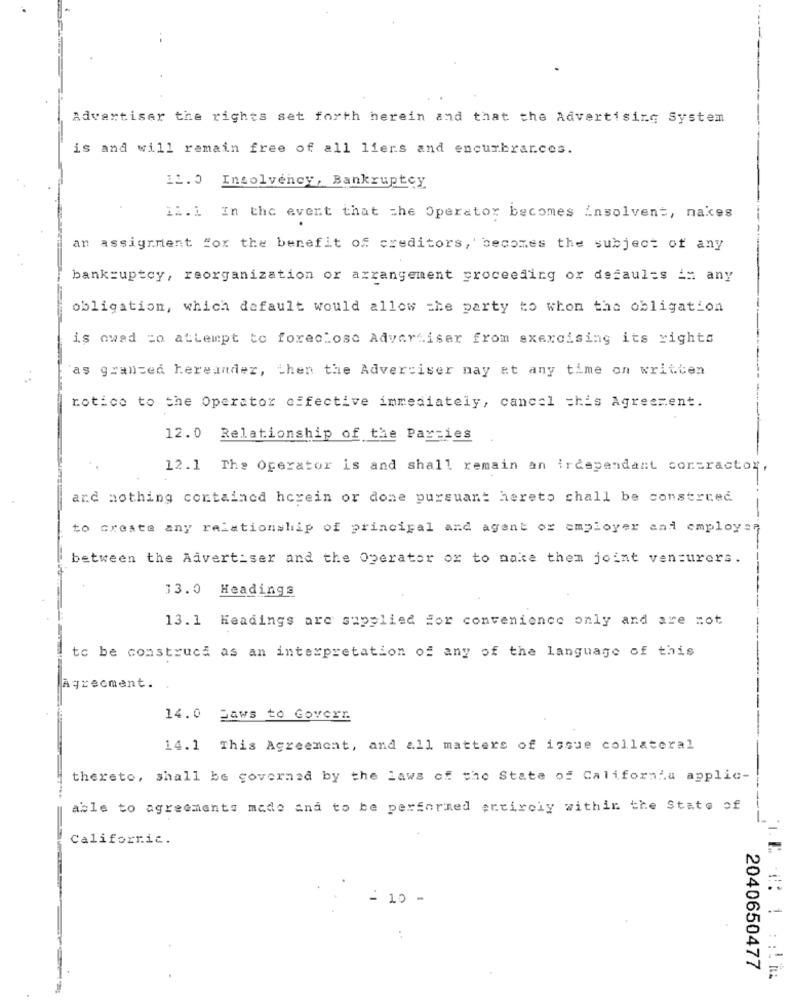
Advertiser the rights set forth herein and that the Advertising System
is and will remain free of all liers and encurbrances.
12.0 Insolvency, Bankruptcy
12.1 In the event that the Operator becomes insolvent, nakes
an assignment for the benefit of creditors, becomes the subject of any
bankruptcy, reorganization or arrangement proceeding or defaules in any
obligation, which default would allow the party to whon the obligation
is owed =o attempt to foreclose Advertiser from exercising its rights
as granted hereandez, then the Advertiser nay at any time on written
notice to the Operator effective immediately, cancel this Agreement.
12.0 Relationship of the Parties
12.1 The Operator is and shall remain an irdependant contractor,
and nothing contained herein or done pursuant hereto chall be construed
to create any relationship of principal and agent or employer and employen
between the Advertiser and the Operator or to make them joint venturers.
33.0
Headings
13.1 Headings are supplied For convenience only and are mot
to be construca as an interpretation of any of the language of this
Agreement.
14.0
Daws to Govern
14.1 This Agreement, and all matters of issue collateral
thereto, shall be governed by the laws of the State of California applic-
able to agreements mado and to be performed entirely within the State of
Califorric.
- 10 -
2040650477